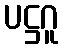
ပဋ္ဌဂူ